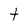
Character: t